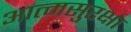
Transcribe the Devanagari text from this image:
आत्मसुरक्षा